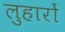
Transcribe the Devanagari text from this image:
लुहारों